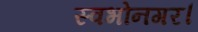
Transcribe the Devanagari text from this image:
स्वभोनगर।